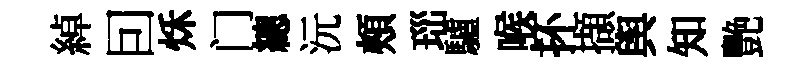
綽囙秌门總沅頰𤤼驢喉抔擷舆知艷